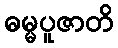
ဓမ္မပူဇာတိ